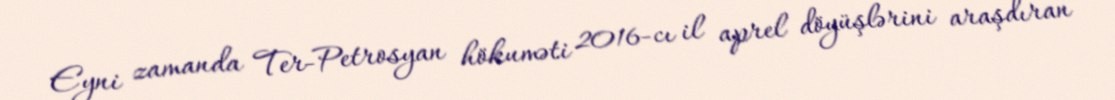
Eyni zamanda Ter-Petrosyan hökuməti 2016-cı il aprel döyüşlərini araşdıran